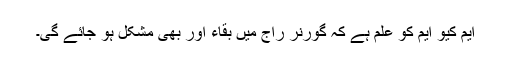
ایم کیو ایم کو علم ہے کہ گورنر راج میں بقاء اور بھی مشکل ہو جائے گی۔